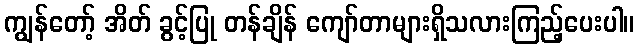
ကျွန်တော့် အိတ် ခွင့်ပြု တန်ချိန် ကျော်တာများရှိသလားကြည့်ပေးပါ။